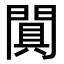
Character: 𨵙